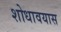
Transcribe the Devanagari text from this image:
शोधावयास